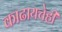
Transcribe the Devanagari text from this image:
काढायचेही